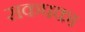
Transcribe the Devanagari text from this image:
सकपका